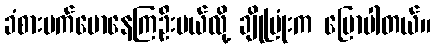
ခံစားမက်မောနေကြဦးမယ်လို့ ချိုပြုံးက ပြောပါတယ်။